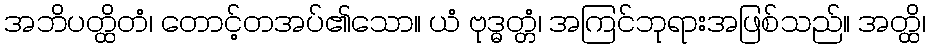
အဘိပတ္ထိတံ၊ တောင့်တအပ်၏သော။ ယံ ဗုဒ္ဓတ္တံ၊ အကြင်ဘုရားအဖြစ်သည်။ အတ္ထိ၊